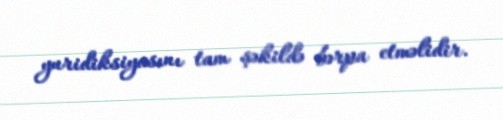
yuridiksiyasını tam şəkildə bərpa etməlidir.